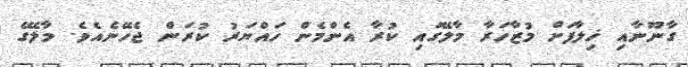
ގާނޫނާއި ޚިލާފަށް މުޒާހަރާ މާލޭގައި ކުރާ އެންމެން ހައްޔަރު ކުރަން ޖެހޭނެއެވެ. މާލޭގެ